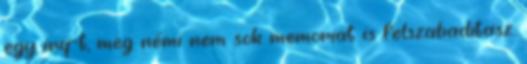
egy irq-t, meg némi nem sok memoriat is felszabaditasz.